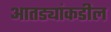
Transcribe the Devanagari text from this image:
आतड्यांकडील